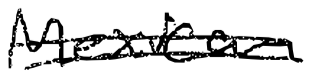
Text: Mexican
Cross-out: double-line
Writing tool: digital_black